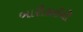
બારીકાઈથી